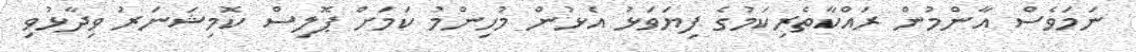
ނަމަވެސް އާންމުން ރައްކާތެރިކަމުގެ ފިޔަވަޅު އެޅުން މުހިންމު ކަމަށް ޕޮލިސް ކޮމިޝަނަރު ވިދާޅުވި